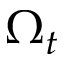
\Omega _ { t }